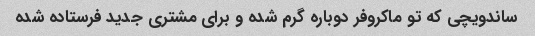
ساندویچی که تو ماکروفر دوباره گرم شده و برای مشتری جدید فرستاده شده